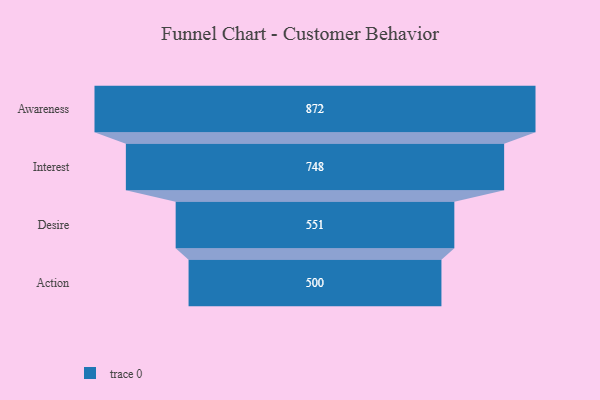
{"axis": {"x": "Stage", "y": "Value"}, "legend": [""], "data": [{"x": "Awareness", "y": 872.0, "type": ""}, {"x": "Interest", "y": 748.0, "type": ""}, {"x": "Desire", "y": 551.0, "type": ""}, {"x": "Action", "y": 500, "type": ""}]}